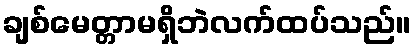
ချစ်မေတ္တာမရှိဘဲလက်ထပ်သည်။